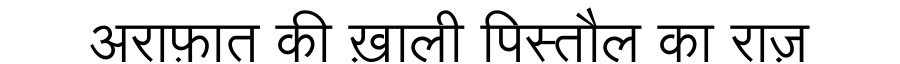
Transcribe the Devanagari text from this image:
अराफ़ात की ख़ाली पिस्तौल का राज़